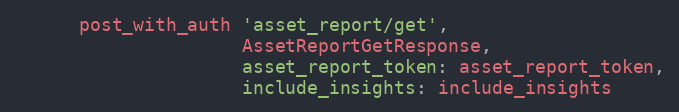
Language: Ruby
      post_with_auth 'asset_report/get',
                     AssetReportGetResponse,
                     asset_report_token: asset_report_token,
                     include_insights: include_insights